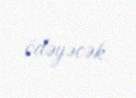
ödəyəcək.